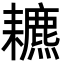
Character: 𦔩